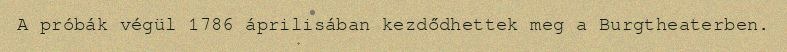
A próbák végül 1786 áprilisában kezdődhettek meg a Burgtheaterben.